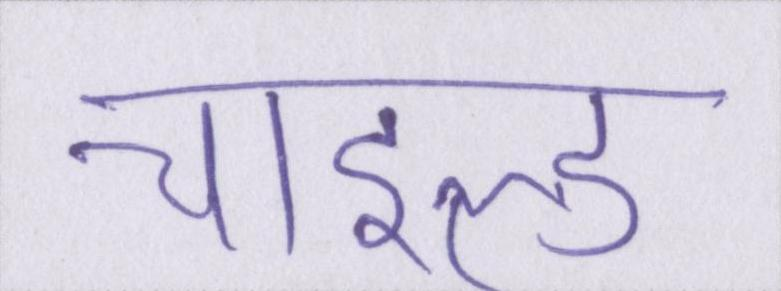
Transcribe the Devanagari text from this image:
चाइल्ड